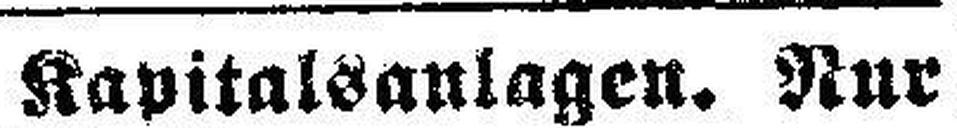
Kapitalsaulagen. Nur